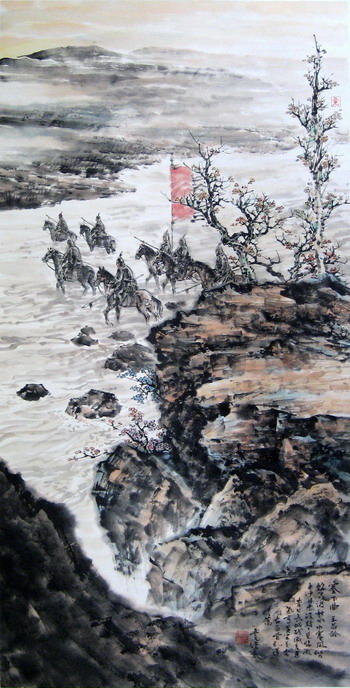
饮马渡秋水，水寒风似刀。